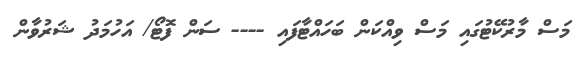
މަސް މާރުކޭޓުގައި މަސް ވިއްކަން ބަހައްޓާފައި ---- ސަން ފޮޓޯ/ އަހުމަދު ޝަރުވާން